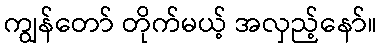
ကျွန်တော် တိုက်မယ့် အလှည့်နော်။